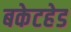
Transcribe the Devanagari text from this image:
बकेटहेड